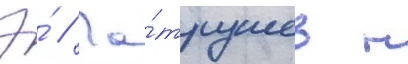
Э́ // Па́трушев н